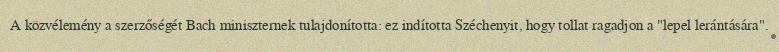
A közvélemény a szerzőségét Bach miniszternek tulajdonította: ez indította Széchenyit, hogy tollat ragadjon a "lepel lerántására".